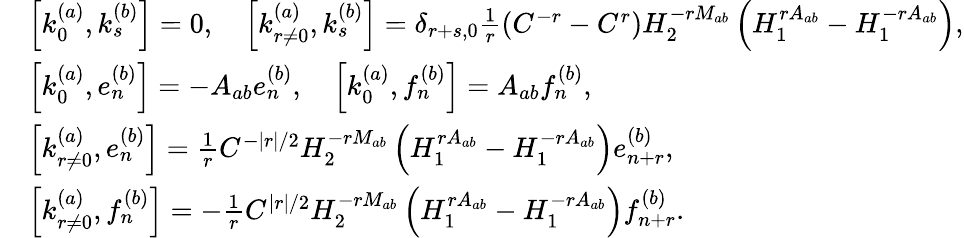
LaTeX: \begin{array}{rl}&{\left[k_{0}^{(a)},k_{s}^{(b)}\right]=0,\quad\left[k_{r\neq 0}^{(a)},k_{s}^{(b)}\right]=\delta_{r+s,0}\frac{1}{r}\left(C^{-r}-C^{r}\right)H_{2}^{-rM_{ab}}\left(H_{1}^{rA_{ab}}-H_{1}^{-rA_{ab}}\right),}\\ &{\left[k_{0}^{(a)},e_{n}^{(b)}\right]=-A_{ab}e_{n}^{(b)},\quad\left[k_{0}^{(a)},f_{n}^{(b)}\right]=A_{ab}f_{n}^{(b)},}\\ &{\left[k_{r\neq 0}^{(a)},e_{n}^{(b)}\right]=\frac{1}{r}C^{-|r|/2}H_{2}^{-rM_{ab}}\left(H_{1}^{rA_{ab}}-H_{1}^{-rA_{ab}}\right)e_{n+r}^{(b)},}\\ &{\left[k_{r\neq 0}^{(a)},f_{n}^{(b)}\right]=-\frac{1}{r}C^{|r|/2}H_{2}^{-rM_{ab}}\left(H_{1}^{rA_{ab}}-H_{1}^{-rA_{ab}}\right)f_{n+r}^{(b)}.}\end{array}